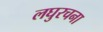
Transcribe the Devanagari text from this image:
लघुरचना